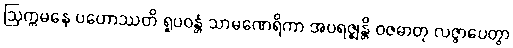
ဩက္ကမနေ ပဟောဿတိ ရူပဝန္တံ သာမဏေရိကာ အပရဇ္ဈန္တိ ဝဇဓာတု လဇ္ဇာပေတွာ